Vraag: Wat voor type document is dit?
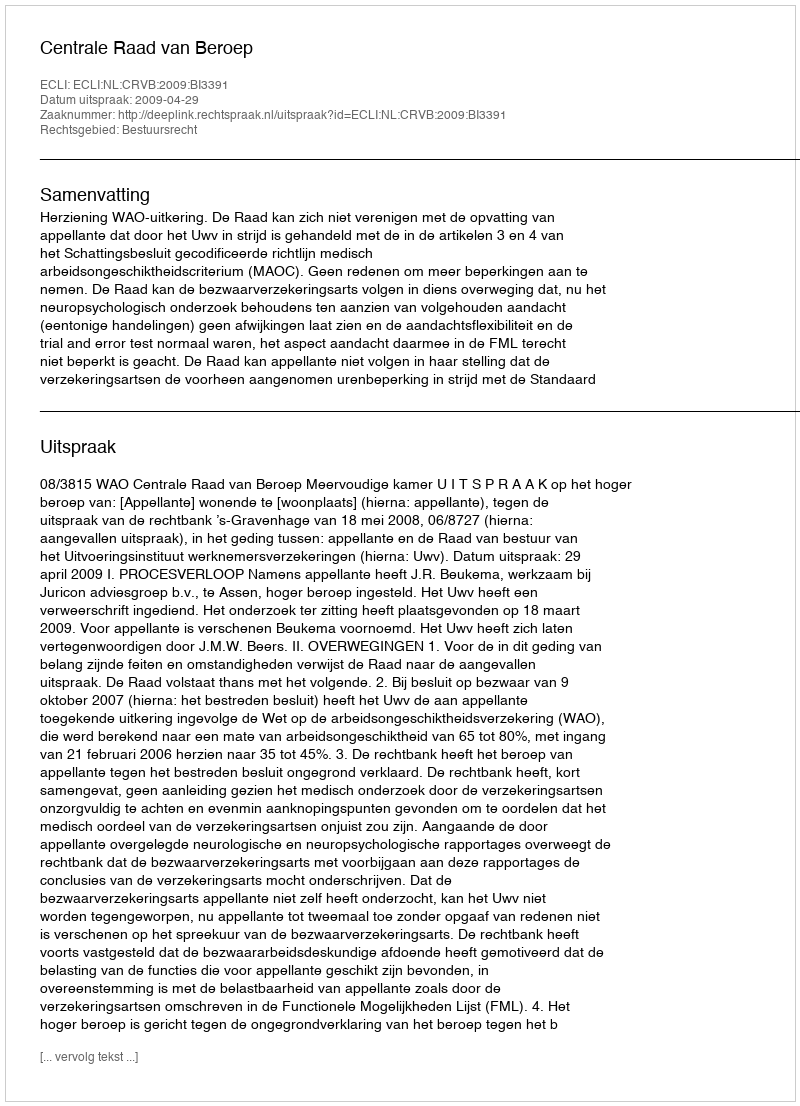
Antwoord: Uitspraak